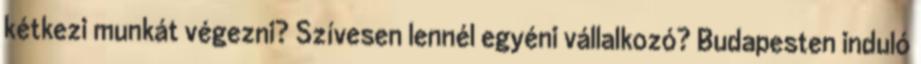
kétkezi munkát végezni? Szívesen lennél egyéni vállalkozó? Budapesten induló